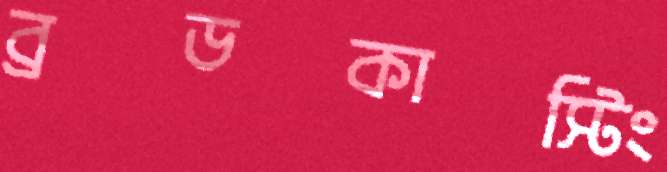
ব্রডকাস্টিং